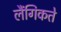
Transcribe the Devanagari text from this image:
लैंगिकते